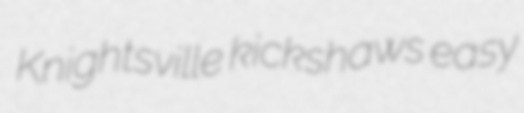
Knightsville kickshaws easy